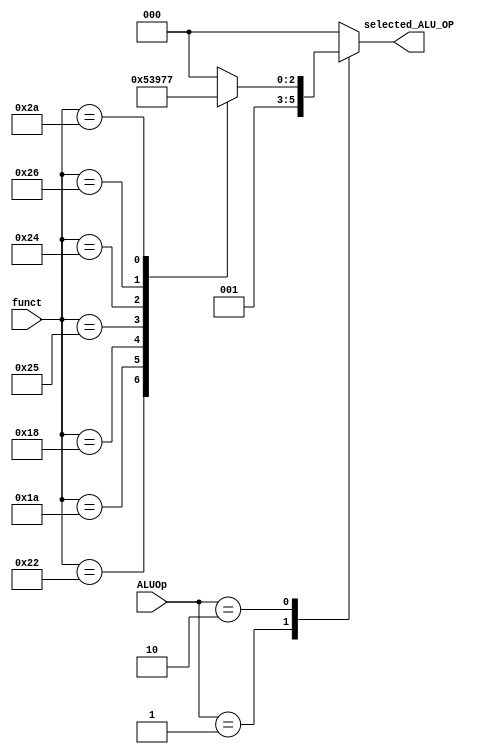
`timescale 1ns / 1ps
//////////////////////////////////////////////////////////////////////////////////
// Company: 
// Engineer: 
// 
// Design Name: 
// Module Name: ALUController
// Project Name: 
// Target Devices: 
// Tool Versions: 
// Description: 
// 
// Dependencies: 
// 
// Revision:
// Revision 0.01 - File Created
// Additional Comments:
// 
//////////////////////////////////////////////////////////////////////////////////


module ALUController(input wire [1:0] ALUOp, input wire [5:0] funct, output wire [2:0] selected_ALU_OP);

reg [2:0] ALU_control;
assign selected_ALU_OP = ALU_control;

always@(ALUOp,funct) begin
    case(ALUOp) // Determines Instruction Type
    2'b00: ALU_control <= 3'b000;          // <-lw or sw (alu function is add)
    2'b01: ALU_control <= 3'b001;          //beq (alu function is subtract)
    2'b10:                                // R-Type -> must specify
        case(funct)
        6'b100000: ALU_control <= 3'b000; // (alu function is add)
        6'b100010: ALU_control <= 3'b001; // (alu function is subtract)
        6'b011010: ALU_control <= 3'b010; // (alu function is division)
        6'b011000: ALU_control <= 3'b011; // (alu function is multiplication)
        6'b100101: ALU_control <= 3'b100; // (alu function is OR)
        6'b100100: ALU_control <= 3'b101; // (alu function is AND)
        6'b100110: ALU_control <= 3'b110; // (alu function is XOR)s
        6'b101010: ALU_control <= 3'b111; // (alu function is SET LESS THAN)
        default: ALU_control <= 3'b000;
        endcase
     default: ALU_control <= 3'b000;
    endcase
end 

endmodule